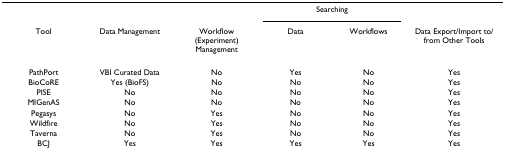
<table><thead><tr><td></td><td></td><td></td><td colspan="2"><b>Searching</b></td><td></td></tr><tr><td><b>Tool</b></td><td><b>Data Management</b></td><td><b>Workflow (Experiment) Management</b></td><td><b>Data</b></td><td><b>Workflows</b></td><td><b>Data Export/Import to/from Other Tools</b></td></tr></thead><tbody><tr><td>PathPort</td><td>VBI Curated Data</td><td>No</td><td>Yes</td><td>No</td><td>Yes</td></tr><tr><td>BioCoRE</td><td>Yes (BioFS)</td><td>No</td><td>No</td><td>No</td><td>Yes</td></tr><tr><td>PISE</td><td>No</td><td>No</td><td>No</td><td>No</td><td>Yes</td></tr><tr><td>MIGenAS</td><td>No</td><td>No</td><td>No</td><td>No</td><td>Yes</td></tr><tr><td>Pegasys</td><td>No</td><td>Yes</td><td>No</td><td>No</td><td>Yes</td></tr><tr><td>Wildfire</td><td>No</td><td>Yes</td><td>No</td><td>No</td><td>Yes</td></tr><tr><td>Taverna</td><td>No</td><td>Yes</td><td>No</td><td>No</td><td>Yes</td></tr><tr><td>BCJ</td><td>Yes</td><td>Yes</td><td>Yes</td><td>Yes</td><td>Yes</td></tr></tbody></table>